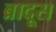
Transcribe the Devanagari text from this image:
ब्रादूस